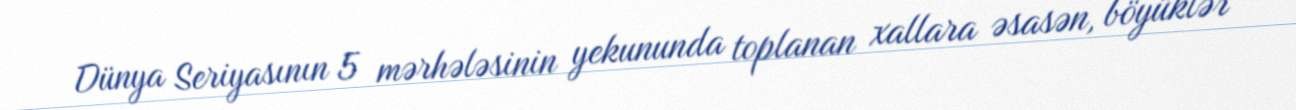
Dünya Seriyasının 5 mərhələsinin yekununda toplanan xallara əsasən, böyüklər